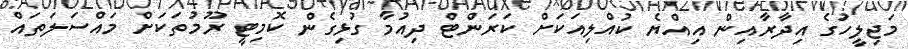
މަޖިލީހުގެ އިދާރާއިން އިއްޔެ ކުއްލިއަކަށް ކަރަންޓް ދިއުމާ ގުޅިގެން ކޮމިޓީ ރޫމުތަކަށް މައްސަލަތައް